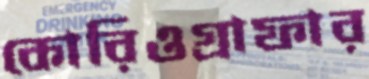
কোরিওগ্রাফার